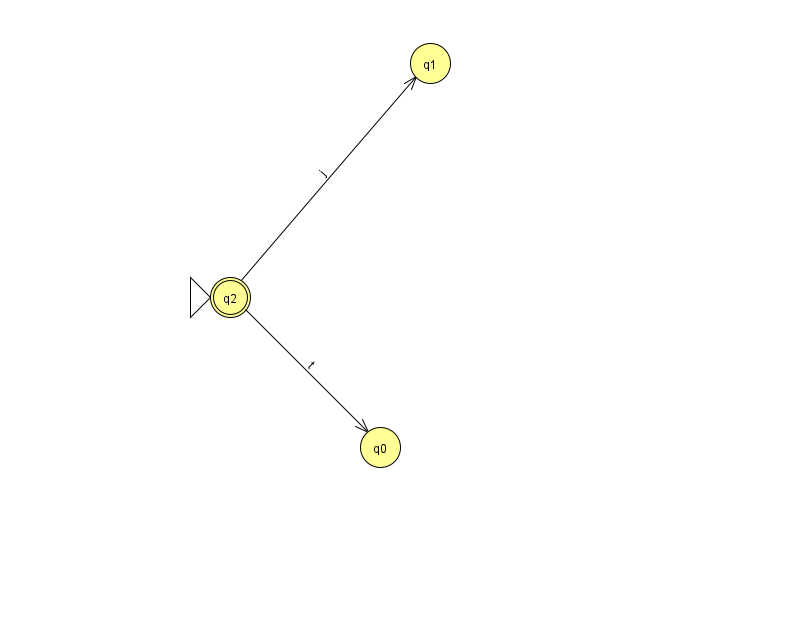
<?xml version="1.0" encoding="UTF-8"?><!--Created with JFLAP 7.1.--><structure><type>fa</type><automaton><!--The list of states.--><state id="0" name="q0"><x>380.0</x><y>434.0</y></state><state id="1" name="q1"><x>430.0</x><y>50.0</y></state><state id="2" name="q2"><x>230.0</x><y>284.0</y><initial/><final/></state><!--The list of transitions.--><transition><from>2</from><to>1</to><read>j</read></transition><transition><from>2</from><to>0</to><read>t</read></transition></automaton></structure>